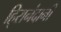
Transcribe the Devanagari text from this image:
हि्रानंदानी